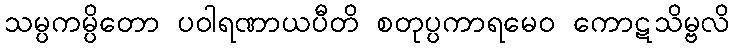
သမ္ပကမ္ပိတော ပဝါရဏာယပီတိ စတုပ္ပကာရမေဝ ကောဋသိမ္ဗလိ